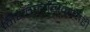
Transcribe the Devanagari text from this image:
नियतकालिकांचाही